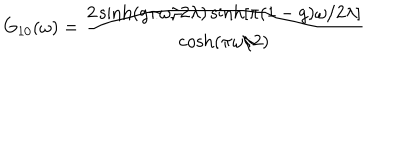
G _ { 1 0 } ( \omega ) = \frac { 2 \sinh ( g \pi \omega / 2 \lambda ) \sinh [ \pi ( 1 - g ) \omega / 2 \lambda ] } { \cosh ( \pi \omega / 2 ) }